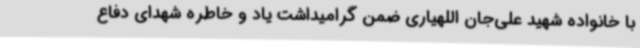
با خانواده شهید علی‌جان اللهیاری ضمن گرامیداشت یاد و خاطره شهدای دفاع